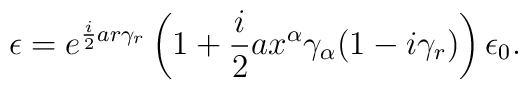
\epsilon = e^{\frac{i}{2} a r \gamma_{r}} \left( 1 + \frac{i}{2}a x^{\alpha} \gamma_{\alpha} (1 - i \gamma_{r}) \right) \epsilon_{0}.